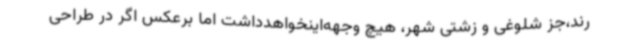
رند،جز شلوغی و زشتی شهر، هیچ وجهه‌اینخواهدداشت اما برعکس اگر در طراحی